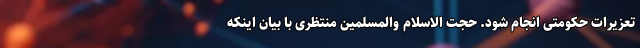
تعزیرات حکومتی انجام شود. حجت الاسلام والمسلمین منتظری با بیان اینکه